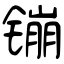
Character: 镚